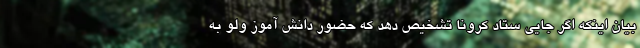
بیان اینکه اگر جایی ستاد کرونا تشخیص دهد که حضور دانش آموز ولو به